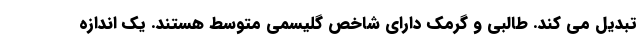
تبدیل می کند. طالبی و گرمک دارای شاخص گلیسمی متوسط هستند. یک اندازه